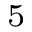
^ 5